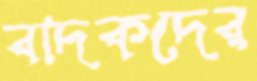
বাদকদের